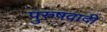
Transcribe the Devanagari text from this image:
पुरुषवादी